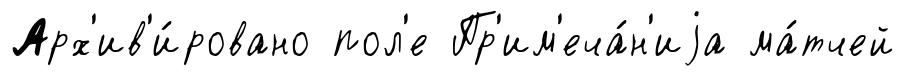
Арх'ив'и́ровано пол'е Пр'им'еча́н'иjа ма́тчей